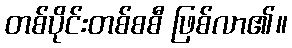
တစ်ပိုင်းတစ်စစီ ဖြစ်လာ၏။